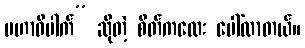
မဟာဝိပါက်” ဆိုတဲ့ စိတ်ကလေး ပေါ်လာတယ်။